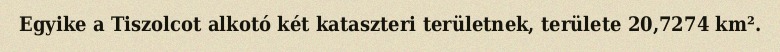
Egyike a Tiszolcot alkotó két kataszteri területnek, területe 20,7274 km².